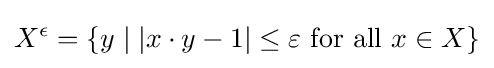
X^{\epsilon }=\{y\mid |x\cdot y-1|\leq \varepsilon {\text{ for all }}x\in X\}